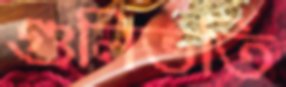
গুলিভর্তি